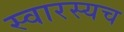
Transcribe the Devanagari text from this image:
स्वारस्यच